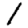
Digit: 1